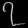
Digit: ၇